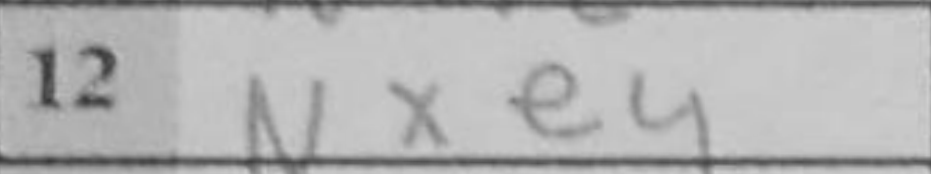
Transcription: Nxe4